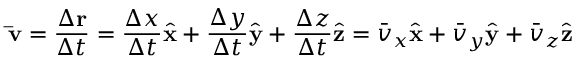
\mathbf { \bar { v } } = { \frac { \Delta \mathbf { r } } { \Delta t } } = { \frac { \Delta x } { \Delta t } } { \hat { \mathbf { x } } } + { \frac { \Delta y } { \Delta t } } { \hat { \mathbf { y } } } + { \frac { \Delta z } { \Delta t } } { \hat { \mathbf { z } } } = { \bar { v } } _ { x } { \hat { \mathbf { x } } } + { \bar { v } } _ { y } { \hat { \mathbf { y } } } + { \bar { v } } _ { z } { \hat { \mathbf { z } } }